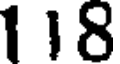
118